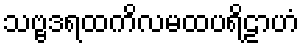
သဗ္ဗဒရထကိလမထပရိဠာဟံ